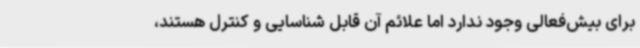
برای بیش‌فعالی وجود ندارد اما علائم آن قابل شناسایی و کنترل هستند،